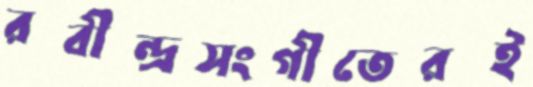
রবীন্দ্রসংগীতেরই